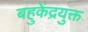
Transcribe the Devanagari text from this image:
बहुकेंद्रयुक्त